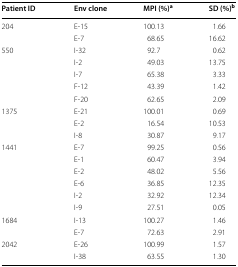
<table><thead><tr><td><b>Patient ID</b></td><td><b>Env clone</b></td><td><b>MPI (%)<sup>a</sup></b></td><td><b>SD (%)<sup>b</sup></b></td></tr></thead><tbody><tr><td rowspan="2">204</td><td>E-15</td><td>100.13</td><td>1.66</td></tr><tr><td>E-7</td><td>68.65</td><td>16.62</td></tr><tr><td rowspan="5">550</td><td>I-32</td><td>92.7</td><td>0.62</td></tr><tr><td>I-2</td><td>49.03</td><td>13.75</td></tr><tr><td>I-7</td><td>65.38</td><td>3.33</td></tr><tr><td>F-12</td><td>43.39</td><td>1.42</td></tr><tr><td>F-20</td><td>62.65</td><td>2.09</td></tr><tr><td rowspan="3">1375</td><td>E-21</td><td>100.01</td><td>0.69</td></tr><tr><td>E-2</td><td>16.54</td><td>10.53</td></tr><tr><td>I-8</td><td>30.87</td><td>9.17</td></tr><tr><td rowspan="6">1441</td><td>E-7</td><td>99.25</td><td>0.56</td></tr><tr><td>E-1</td><td>60.47</td><td>3.94</td></tr><tr><td>E-2</td><td>48.02</td><td>5.56</td></tr><tr><td>E-6</td><td>36.85</td><td>12.35</td></tr><tr><td>I-2</td><td>32.92</td><td>12.34</td></tr><tr><td>I-9</td><td>27.51</td><td>0.05</td></tr><tr><td rowspan="2">1684</td><td>I-13</td><td>100.27</td><td>1.46</td></tr><tr><td>E-7</td><td>72.63</td><td>2.91</td></tr><tr><td rowspan="2">2042</td><td>E-26</td><td>100.99</td><td>1.57</td></tr><tr><td>I-38</td><td>63.55</td><td>1.30</td></tr></tbody></table>